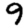
Digit: 9